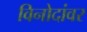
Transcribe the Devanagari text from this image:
विनोदांवर